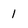
Character: l